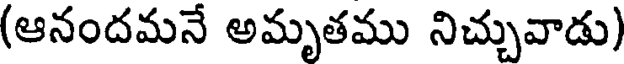
(ఆనందమనే అమృతము నిచ్చువాడు)